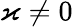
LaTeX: \varkappa\neq 0